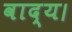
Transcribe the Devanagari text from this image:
वाद्य।